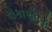
રોકાએલો